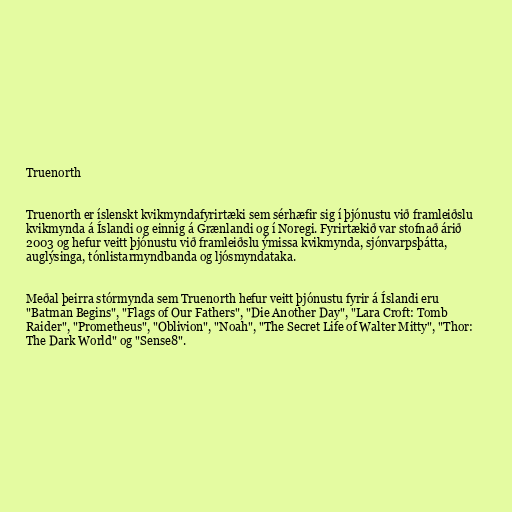
Truenorth

Truenorth er íslenskt kvikmyndafyrirtæki sem sérhæfir sig í þjónustu við framleiðslu
kvikmynda á Íslandi og einnig á Grænlandi og í Noregi. Fyrirtækið var stofnað árið
2003 og hefur veitt þjónustu við framleiðslu ýmissa kvikmynda, sjónvarpsþátta,
auglýsinga, tónlistarmyndbanda og ljósmyndataka.

Meðal þeirra stórmynda sem Truenorth hefur veitt þjónustu fyrir á Íslandi eru
"Batman Begins", "Flags of Our Fathers", "Die Another Day", "Lara Croft: Tomb
Raider", "Prometheus", "Oblivion", "Noah", "The Secret Life of Walter Mitty", "Thor:
The Dark World" og "Sense8".